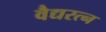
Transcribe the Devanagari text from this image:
वैद्यरत्न